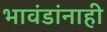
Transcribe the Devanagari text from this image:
भावंडांनाही